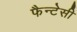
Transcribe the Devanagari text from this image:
फैन्टेसी